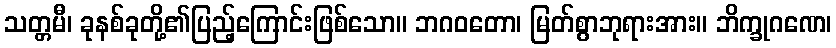
သတ္တမီ၊ ခုနစ်ခုတို့၏ပြည့်ကြောင်းဖြစ်သော။ ဘဂဝတော၊ မြတ်စွာဘုရားအား။ ဘိက္ခုဂဏေ၊